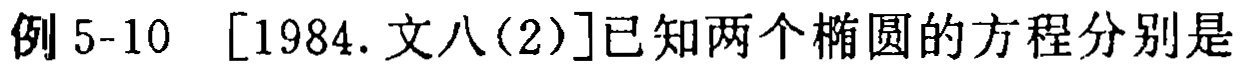
例 5-10 [1984.文八(2)]已知两个椭圆的方程分别是